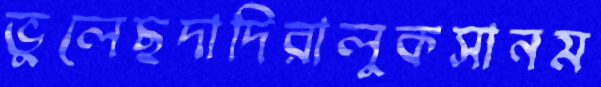
ভুলেছদাদিরালুকসানম